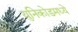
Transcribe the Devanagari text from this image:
युनिकोडमध्‍ये